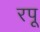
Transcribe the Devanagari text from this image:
रपू